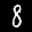
Label: 8